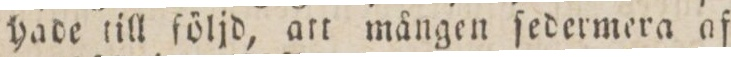
hade till ſöljd, att mången ſedermera af